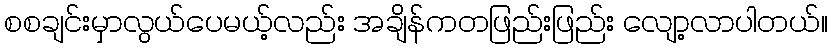
စစချင်းမှာလွယ်ပေမယ့်လည်း အချိန်ကတဖြည်းဖြည်း လျော့လာပါတယ်။